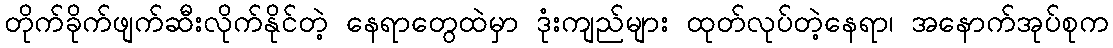
တိုက်ခိုက်ဖျက်ဆီးလိုက်နိုင်တဲ့ နေရာတွေထဲမှာ ဒုံးကျည်များ ထုတ်လုပ်တဲ့နေရာ၊ အနောက်အုပ်စုက